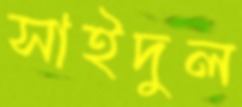
সাইদুল